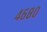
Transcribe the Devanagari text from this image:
४६८०